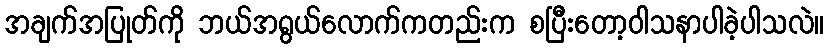
အချက်အပြုတ်ကို ဘယ်အရွယ်လောက်ကတည်းက စပြီးတော့ဝါသနာပါခဲ့ပါသလဲ။